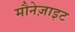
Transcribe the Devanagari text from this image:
मौनेज़ाइट